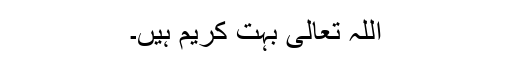
اللہ تعالیٰ بہت کریم ہیں۔